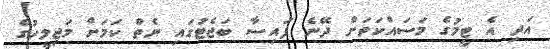
އަދި އެ ޓީމުގެ މަސައްކަތަށް ދޭނެ ފައިސާ ބަޖެޓުގައި ނެތް ކަމަށް މަޖިލީހުގެ